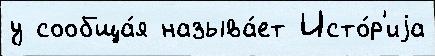
у сообща́я называ́ет Исто́р'иjа